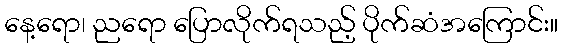
နေ့ရော၊ ညရော ပြောလိုက်ရသည့် ပိုက်ဆံအကြောင်း။